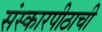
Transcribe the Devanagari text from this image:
संस्कारपीठाची